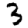
Digit: 3